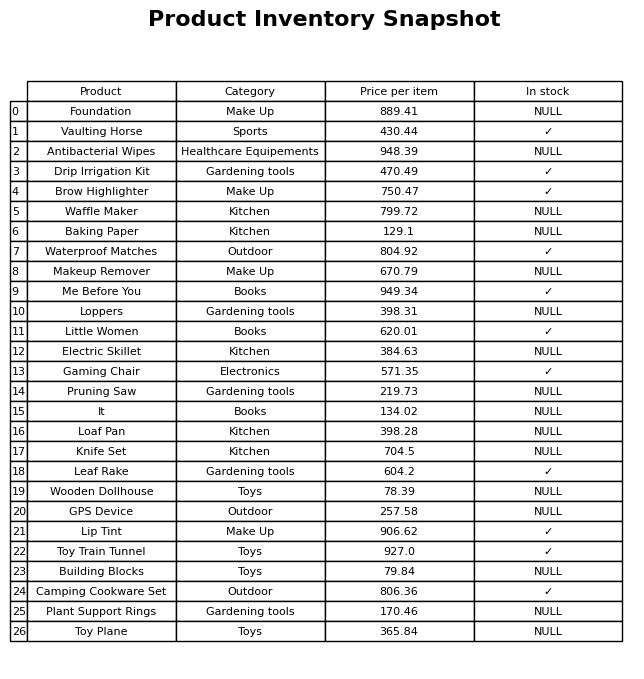
question: What is the price of the Lip Tint?
answer: The price of Lip Tint is 906.62.